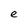
Character: e